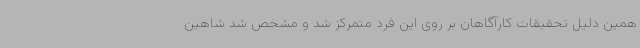
همین دلیل تحقیقات کارآگاهان بر روی این فرد متمرکز شد و مشخص شد شاهین